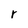
Character: r